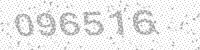
Solution: 096516